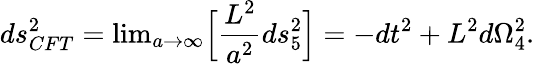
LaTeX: ds_{CFT}^{2}=\mathrm{lim}_{a\rightarrow\infty}\Big[{\frac{L^{2}}{a^{2}}}ds_{5}^{2}\Big]=-dt^{2}+L^{2}d\Omega_{4}^{2}.